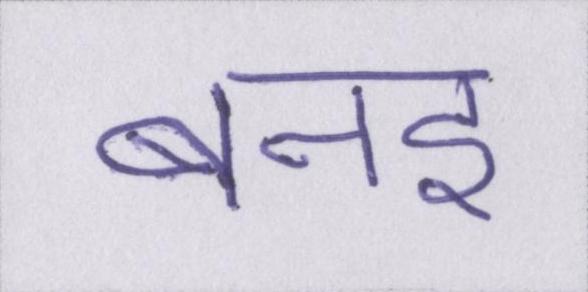
बनइ